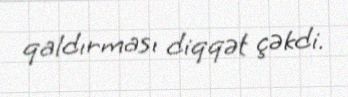
qaldırması diqqət çəkdi.